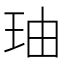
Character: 𤤧